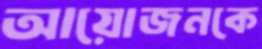
আয়োজনকে